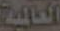
العالمية